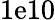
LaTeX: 1\mathrm{e}10